King Institute of Preventive Medicine Bacteriolog. Section reports 1907-08
Year: 1907
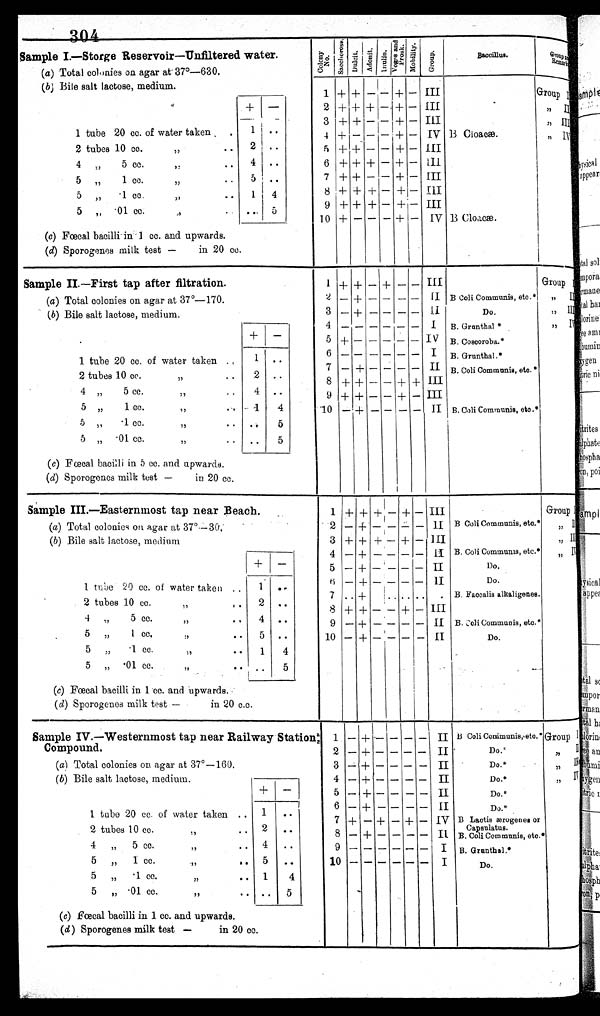
Sample I.— S t o r a g e R e s e r v o i r — U n f i l t e r e d w a t e r .
C o l o n y
N o .
S a c c h e r o s e . D u l c i t .
A d o n i t . I n u l i n .
V o g e s a n d
P r o s k . M o b i l i t y . G r o u p .
Baccillus.
G r o u p a n d
R e m a r k
(a) Total colonies on agar at 37°—630.
(b) Bile salt lactose, medium.
1 + +
- - + - III
Group I
+
-
2 + + + - + - III
,, II
3 + + - - + - III
,, III
1 tube 20 cc. of water taken
1 . .
4 + - - - + - IV B Cloacæ.
,, IV
2 tubes 10 cc.
,, .. 2 ..
5 + + - - + - III
4
, , 5 cc.
,, ..
4
. .
6 + + + - + - _ III
5 „
1 cc.
,, ..
5 ..
7 + + - - + - -
I I I
5 „ .1 cc.
,,
.. 1 4
8 + + + - + -
I I I
5 ,, .01 cc.
,,
.. 5
9 + + + - + -
I I I
10 + - - - + - IV B Cloacæ.
(c) Fœcal bacilli in 1 cc. and upwards.
(d) Sporogenes milk test—in 20 cc.
Sample II.—First tap after filtration.
1 + + - + - -
I I I
Gr oup I
(a) Total colonies on agar at 37°—170.
2 - + - - - - II B Coli Communis, etc.* ,, I I
(b) Bile salt lactose, medium.
3 - + - - -- -
I I
Do.
,, III
4 - - - - - - I B. Grunthal *
, , I V
+
-
5 + - - - - - IV B. Coscoroba.*
1 tube 20 cc. of water taken ..
1
. .
6 - - - - - - I B. Grunthal.*
7 - +
- - - - II B. Coli Communis, etc.*
2 tubes 10 cc.
,,
.. 2 ..
8 + + - - +++ + III
4 ,
5 c c .
,, ..
4 . .
5 ,, 1 cc.
,, ..
1
4
9 + + - - + - III
5 „
. 1 c c .
,,
.. . .
5
10 - + - - - - II B. Coli Communis, etc.*
5 ,,
. 0 1 c c
,,
..
. . 5
(c) Fœcal bacilli in 5 cc. and upwards.
(d) Sporogenes milk test —in 20 cc.
,
Sample III.—Easternmost tap near Beach.
1 + + + - + - III
Group I
(a) Total colonies on agar at 37°—30.
2 - + - - - -
I I B Coli Communis, etc.* ,, I I
( b) Bile salt lactose, medium
3 + + + - + - III
,, III
4 - + - - - -
I I B. Coli Communis, etc.*
, , I V
+ -
5 - + - - - - II
Do.
6 - + - - - -
I I
Do.
1 tube 20 cc. of water taken ..
1
. .
7 .. + .. .. .. . B. Faccalis alkaligenes.
2 tubes 10 cc.
,, .. 2
. .
8 + + - - + - III
4 „
5 cc.
,, .. 4
. .
9 - + - - - - II B. Coli Communis, etc.*
5 „ .1 cc.
, , . . 5 ..
10 - + - - - - II
Do.
5 ,, .1 cc.
,, ..
1 4
5 „ .01 cc.
,, ..
..
5
(c) Fœcal bacilli in 1 cc. and upwards.
( d) Sporogenes milk test —in 20 c.c.
Sample IV.—Westernmost tap near Railway Station
Compound.
1 - +
- - - -
I I B Coli Communis, etc.* Group I
2 - + - - - - II
D o . *
, , II
(a) Total colonies on agar at 37°—160.
3 - + - - - - II
D o . *
,, III
(b) Bile salt lactose, medium.
4 - + - - - - II
Do.*
,, IV
+ -
5 - + - - - - II
D o . *
6 - + - - - - II
D o . *
1 tube 20 cc. of water taken ..
1
. .
7 + - + - + - IV B Lactis ærogenes or
Capsulatus.
2 tubes 10 cc
,,
.. 2 ..
8 - + - - - -
I I B. Coli Communis, etc.*
4 ,, 5 cc.
,,
.. 4 ..
9 -
- - - - - I B. Gr unt hal . *
5 „ 1 cc.
,, ..
5
. .
10 - - - - - - I
Do.
5 „ .1 cc.
,, ..
1
4
5 „ .01 cc.
,, ..
. . 5
(c) Fœcal bacilli in 1 cc. and upwards.
(d) Sporogenes milk test—in 20 cc.